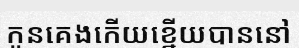
កូនគេងកើយខ្នើយបាននៅ